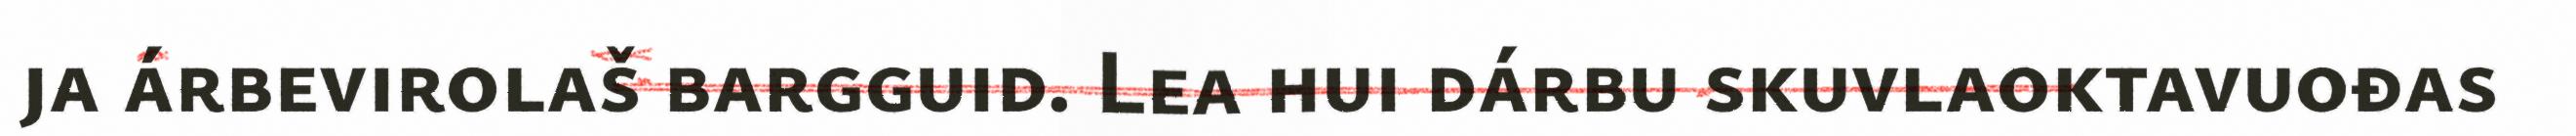
ja árbevirolaš bargguid. Lea hui dárbu skuvlaoktavuođas